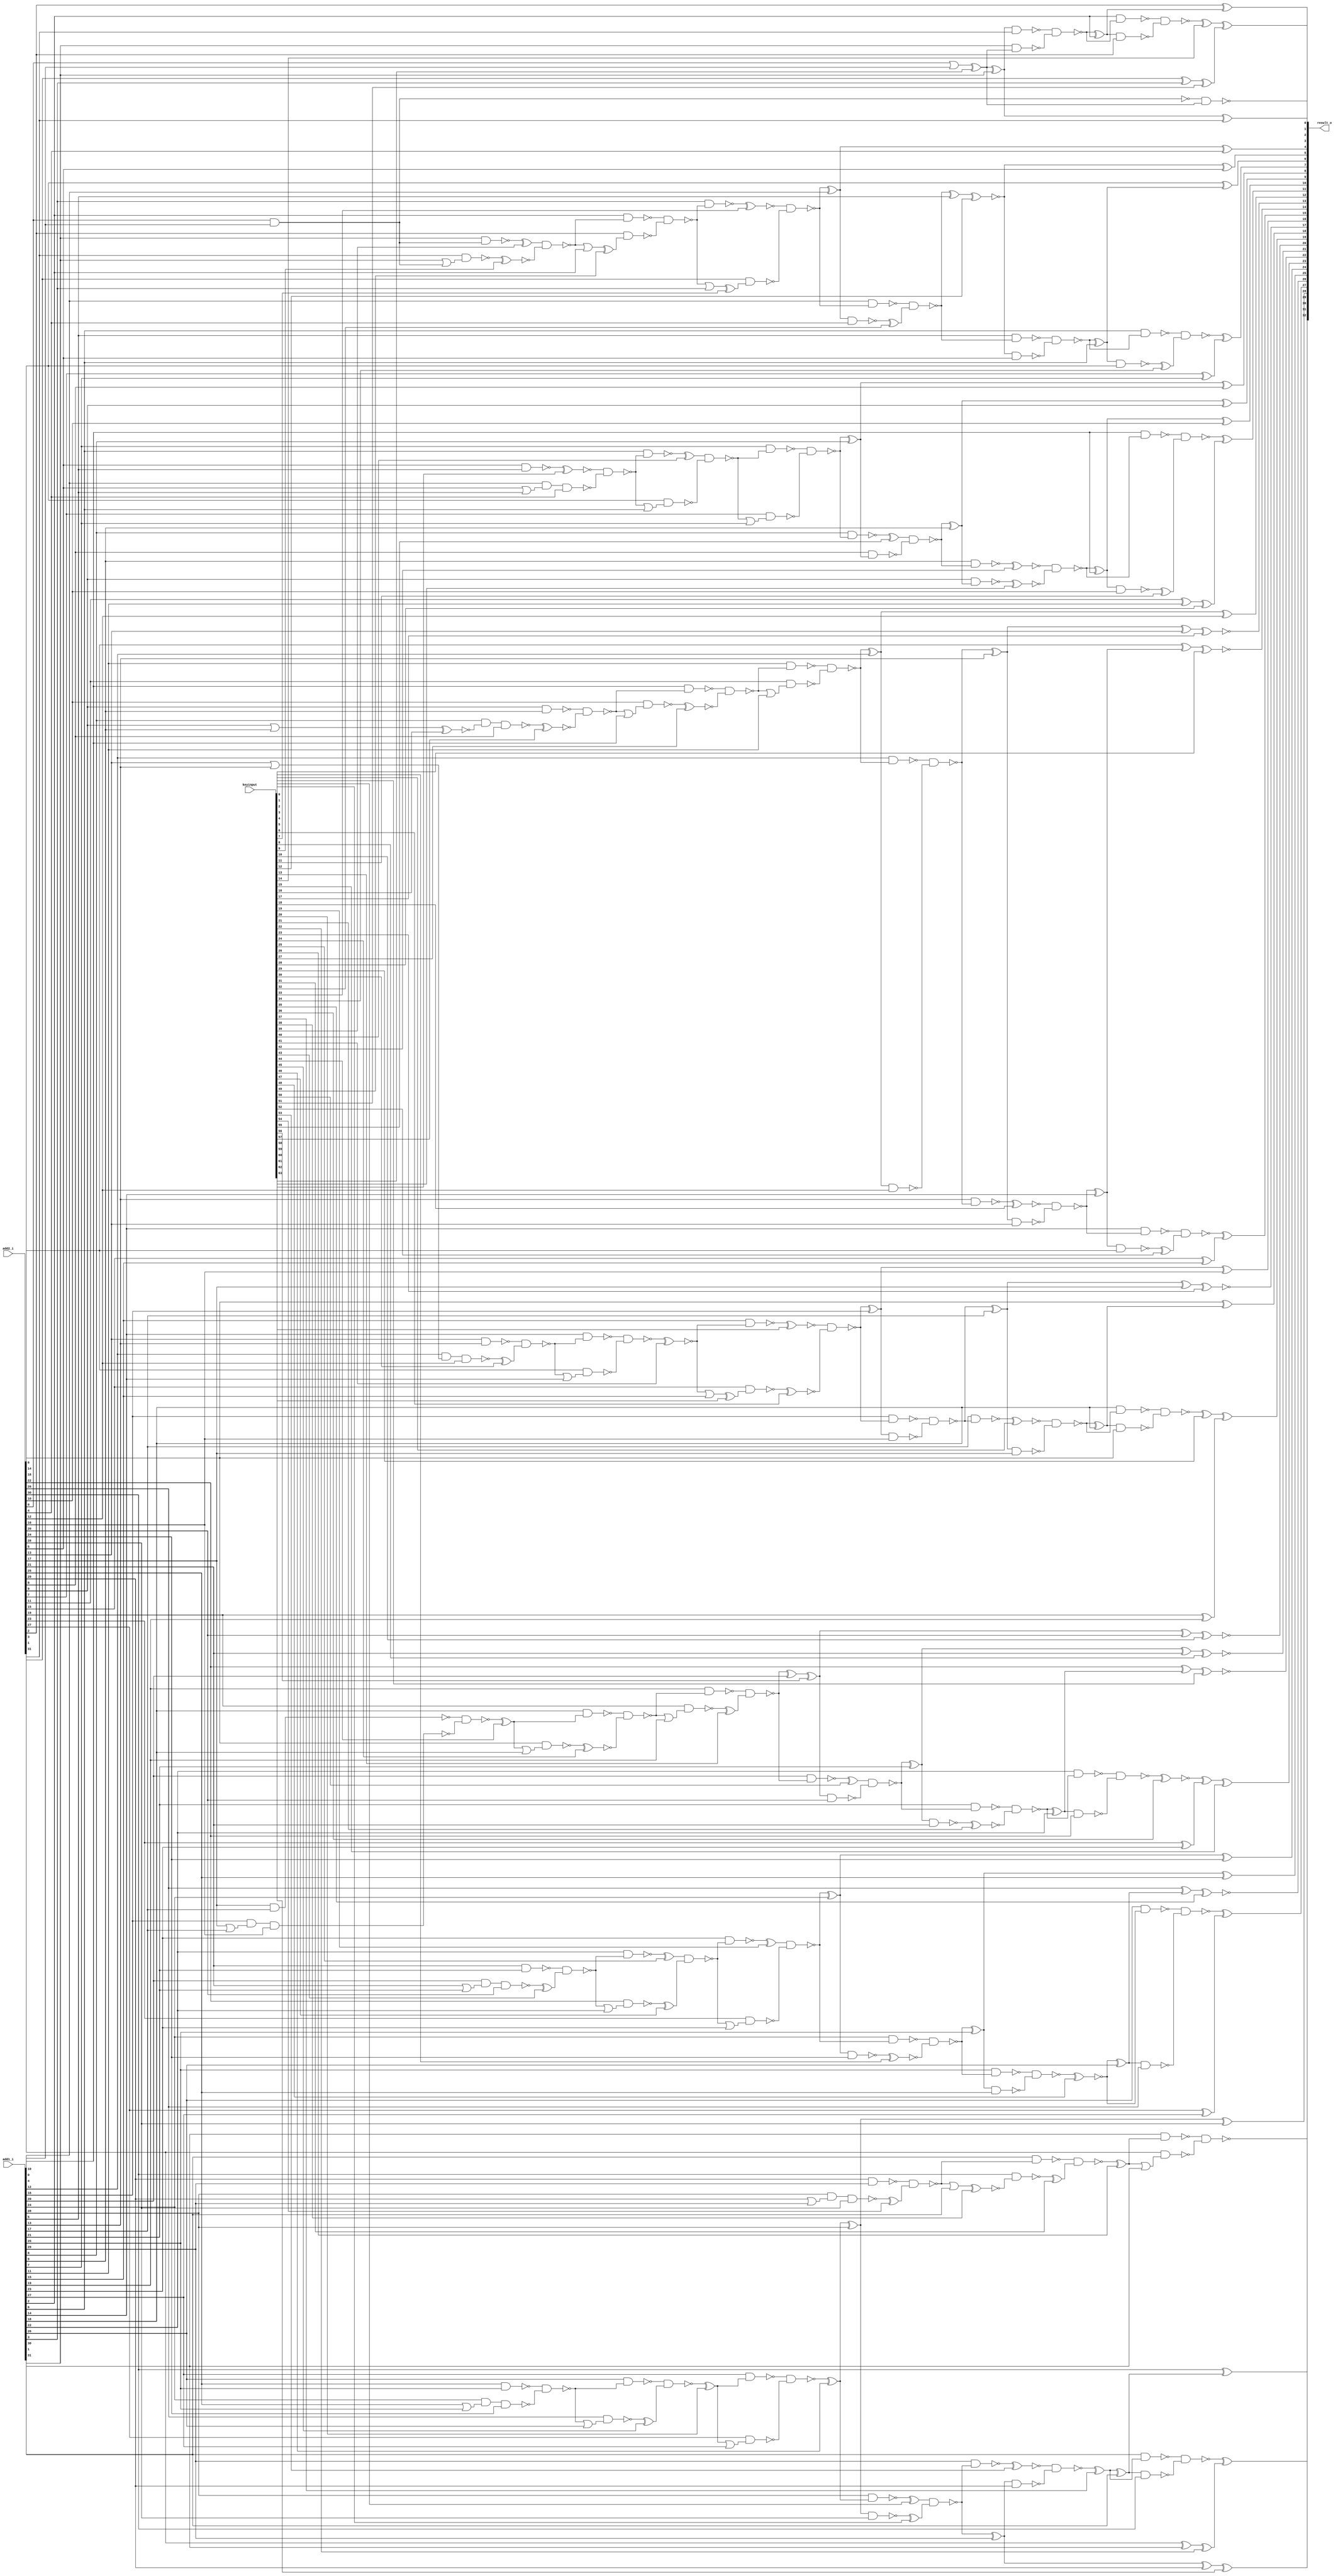
// Verilog File 
module error_tolerant_type2_adder32_xor_enc64(add1_i,add2_i,keyinput,result_o);

input [31:0] add1_i, add2_i;
input [63:0] keyinput;


output [32:0] result_o;

wire n143, n144, n145, n146, n149, n150, xenc12, n154, n153, 
n157, n158, xenc14, xenc51, n172, n188, xenc22, n189, n192, xenc37, 
n175, n176, n196, xenc61, n197, n204, xenc46, n217, n218, n221, 
xenc35, xenc48, n225, n226, n229, n230, xenc36, n243, xenc15, n246, 
xenc2, n247, n250, xenc8, n251, xenc56, xenc10, n255, n254, n201, 
xenc63, xenc29, n268, n271, n272, n275, xenc23, n276, n279, n280, 
n292, n293, n296, xenc0, n297, n300, xenc17, n301, n304, n305, 
n317, xenc28, n318, n321, n322, n325, n328, n170, n142, n319, 
xenc11, n148, n295, n270, n245, n220, n191, n320, n155, xenc32, 
n156, n302, n303, n277, n278, xenc50, n253, n252, n227, xenc5, 
n228, xenc4, xenc1, n202, n203, n151, n152, xenc18, n299, n298, 
xenc3, n274, n273, n248, xenc21, n249, n223, n224, n222, xenc53, 
n195, n193, n194, xenc55, n327, n326, xenc42, xenc62, n323, n324, 
n329, n330, n332, n331, n306, n307, n309, n308, xenc59, xenc6, 
xenc41, n281, xenc58, n282, n283, n256, xenc13, n259, n258, n257, 
xenc19, n232, n234, n231, n233, n206, n207, n205, xenc20, n208, 
xenc60, n338, n336, n337, n339, n314, xenc57, n313, xenc16, n315, 
n316, n289, xenc30, n288, n291, n290, n264, n265, n263, n266, 
n239, xenc43, n238, n241, n240, n214, n215, n213, n216, n163, 
n164, n162, n166, xenc49, n165, xenc40, n334, n333, n335, n310, 
xenc27, n312, n311, n285, n286, n284, n287, n260, xenc24, xenc44, 
n262, n261, xenc25, xenc47, n235, n237, n236, n210, xenc45, n209, 
n212, n211, xenc33, n160, n159, xenc7, n161, n147, xenc34, n294, 
xenc52, n269, n267, n244, n242, n219, n190, xenc39, xenc9, n167, 
n169, n168, n200, n173, n174, n171, n198, n199, n185, xenc54, 
n184, n187, n186, n181, xenc31, n180, xenc38, n182, n183, n177, 
n178, xenc26, n179;

xor g0(result_o[9], n143, add2_i[9]);
xor g1(result_o[8], n144, add2_i[8]);
xor g2(result_o[7], n145, n146);
xor g3(n146, add2_i[7], add1_i[7]);
xor g4(result_o[6], add2_i[6], n149);
xor g5(n149, n150, add1_i[6]);
xor g6(result_o[5], xenc12, add2_i[5]);
xor g7(n153, n154, add1_i[5]);
xor g8(result_o[4], n157, add2_i[4]);
xor g9(n157, n158, add1_i[4]);
xor g10(result_o[3], xenc14, xenc51);
xor g11(n172, add2_i[3], add1_i[3]);
xor g12(result_o[31], n188, xenc22);
xor g13(n189, add2_i[31], add1_i[31]);
xor g14(result_o[30], add2_i[30], n192);
xor g15(n192, xenc37, add1_i[30]);
xor g16(result_o[2], add2_i[2], n175);
xor g17(n175, n176, add1_i[2]);
xor g18(xenc61, n196, add2_i[29]);
xor g19(n196, n197, add1_i[29]);
xor g20(result_o[28], n204, add2_i[28]);
xor g21(n204, xenc46, add1_i[28]);
xor g22(result_o[27], n217, n218);
xor g23(n218, add2_i[27], add1_i[27]);
xor g24(xenc35, add2_i[26], n221);
xor g25(n221, xenc48, add1_i[26]);
xor g26(result_o[25], n225, add2_i[25]);
xor g27(n225, n226, add1_i[25]);
xor g28(result_o[24], n229, add2_i[24]);
xor g29(n229, n230, add1_i[24]);
xor g30(xenc15, xenc36, n243);
xor g31(n243, add2_i[23], add1_i[23]);
xor g32(xenc2, add2_i[22], n246);
xor g33(n246, n247, add1_i[22]);
xor g34(xenc8, n250, add2_i[21]);
xor g35(n250, n251, add1_i[21]);
xor g36(xenc10, xenc56, add2_i[20]);
xor g37(n254, n255, add1_i[20]);
xor g38(result_o[1], n201, add2_i[1]);
xor g39(n201, xenc63, add1_i[1]);
xor g40(result_o[19], xenc29, n268);
xor g41(n268, add2_i[19], add1_i[19]);
xor g42(result_o[18], add2_i[18], n271);
xor g43(n271, n272, add1_i[18]);
xor g44(xenc23, n275, add2_i[17]);
xor g45(n275, n276, add1_i[17]);
xor g46(result_o[16], n279, add2_i[16]);
xor g47(n279, n280, add1_i[16]);
xor g48(result_o[15], n292, n293);
xor g49(n293, add2_i[15], add1_i[15]);
xor g50(xenc0, add2_i[14], n296);
xor g51(n296, n297, add1_i[14]);
xor g52(xenc17, n300, add2_i[13]);
xor g53(n300, n301, add1_i[13]);
xor g54(result_o[12], n304, add2_i[12]);
xor g55(n304, n305, add1_i[12]);
xor g56(result_o[11], n317, xenc28);
xor g57(n318, add2_i[11], add1_i[11]);
xor g58(result_o[10], n321, add2_i[10]);
xor g59(n321, n322, add1_i[10]);
xor g60(n143, n325, add1_i[9]);
xor g61(n144, n328, add1_i[8]);
not g62(n142, n170);
nand g63(result_o[0], n170, xenc63);
nand g64(n317, n319, xenc11);
nand g65(n319, add1_i[10], n322);
nand g66(n148, n149, add2_i[6]);
nand g67(n295, n296, add2_i[14]);
nand g68(n270, n271, add2_i[18]);
nand g69(n245, n246, add2_i[22]);
nand g70(n220, n221, add2_i[26]);
nand g71(n191, n192, add2_i[30]);
nand g72(n320, n321, add2_i[10]);
nand g73(n170, add2_i[0], add1_i[0]);
nand g74(n154, n155, xenc32);
nand g75(n155, add1_i[4], n158);
nand g76(n156, n157, add2_i[4]);
nand g77(n301, n302, n303);
nand g78(n302, add1_i[12], n305);
nand g79(n303, n304, add2_i[12]);
nand g80(n276, n277, n278);
nand g81(n277, add1_i[16], n280);
nand g82(n278, n279, add2_i[16]);
nand g83(n251, xenc50, n253);
nand g84(n252, add1_i[20], n255);
nand g85(n253, xenc56, add2_i[20]);
nand g86(n226, n227, xenc5);
nand g87(n227, add1_i[24], n230);
nand g88(n228, n229, add2_i[24]);
nand g89(n197, xenc4, xenc1);
nand g90(n202, add1_i[28], xenc46);
nand g91(n203, n204, add2_i[28]);
nand g92(n150, n151, n152);
nand g93(n151, add1_i[5], n154);
nand g94(n152, xenc12, add2_i[5]);
nand g95(n297, xenc18, n299);
nand g96(n298, add1_i[13], n301);
nand g97(n299, n300, add2_i[13]);
nand g98(n272, xenc3, n274);
nand g99(n273, add1_i[17], n276);
nand g100(n274, n275, add2_i[17]);
nand g101(n247, n248, xenc21);
nand g102(n248, add1_i[21], n251);
nand g103(n249, n250, add2_i[21]);
nand g104(n222, n223, n224);
nand g105(n223, add1_i[25], n226);
nand g106(n224, n225, add2_i[25]);
nand g107(n193, xenc53, n195);
nand g108(n194, add1_i[29], n197);
nand g109(n195, n196, add2_i[29]);
nand g110(n325, xenc55, n327);
nand g111(n326, add1_i[8], n328);
nand g112(n327, add2_i[8], n144);
nand g113(n322, xenc42, xenc62);
nand g114(n323, add1_i[9], n325);
nand g115(n324, add2_i[9], n143);
nand g116(n328, n329, n330);
nand g117(n329, add1_i[7], n332);
nand g118(n330, add2_i[7], n331);
or g119(n331, n332, add1_i[7]);
nand g120(n305, n306, n307);
nand g121(n306, add1_i[11], n309);
nand g122(n307, add2_i[11], n308);
or g123(n308, n309, add1_i[11]);
nand g124(n280, xenc59, xenc6);
nand g125(n281, add1_i[15], xenc41);
nand g126(n282, add2_i[15], xenc58);
or g127(n283, xenc41, add1_i[15]);
nand g128(n255, n256, xenc13);
nand g129(n256, add1_i[19], n259);
nand g130(n257, add2_i[19], n258);
or g131(n258, n259, add1_i[19]);
nand g132(n230, xenc19, n232);
nand g133(n231, add1_i[23], n234);
nand g134(n232, add2_i[23], n233);
or g135(n233, n234, add1_i[23]);
nand g136(n205, n206, n207);
nand g137(n206, add1_i[27], xenc20);
nand g138(n207, add2_i[27], n208);
or g139(n208, xenc20, add1_i[27]);
nand g140(n336, xenc60, n338);
nand g141(n337, add2_i[5], add1_i[5]);
nand g142(n338, add1_i[4], n339, add2_i[4]);
or g143(n339, add2_i[5], add1_i[5]);
nand g144(n313, n314, xenc57);
nand g145(n314, add2_i[9], add1_i[9]);
nand g146(n315, add1_i[8], xenc16, add2_i[8]);
or g147(n316, add2_i[9], add1_i[9]);
nand g148(n288, n289, xenc30);
nand g149(n289, add2_i[13], add1_i[13]);
nand g150(n290, add1_i[12], n291, add2_i[12]);
or g151(n291, add2_i[13], add1_i[13]);
nand g152(n263, n264, n265);
nand g153(n264, add2_i[17], add1_i[17]);
nand g154(n265, add1_i[16], n266, add2_i[16]);
or g155(n266, add2_i[17], add1_i[17]);
nand g156(n238, n239, xenc43);
nand g157(n239, add2_i[21], add1_i[21]);
nand g158(n240, add1_i[20], n241, add2_i[20]);
or g159(n241, add2_i[21], add1_i[21]);
nand g160(n213, n214, n215);
nand g161(n214, add2_i[25], add1_i[25]);
nand g162(n215, add1_i[24], n216, add2_i[24]);
or g163(n216, add2_i[25], add1_i[25]);
nand g164(n162, n163, n164);
nand g165(n163, add1_i[2], n166);
nand g166(n164, add2_i[2], xenc49);
or g167(n165, n166, add1_i[2]);
nand g168(n332, xenc40, n334);
nand g169(n333, add1_i[6], n336);
nand g170(n334, add2_i[6], n335);
or g171(n335, n336, add1_i[6]);
nand g172(n309, n310, xenc27);
nand g173(n310, add1_i[10], n313);
nand g174(n311, add2_i[10], n312);
or g175(n312, n313, add1_i[10]);
nand g176(n284, n285, n286);
nand g177(n285, add1_i[14], n288);
nand g178(n286, add2_i[14], n287);
or g179(n287, n288, add1_i[14]);
nand g180(n259, n260, xenc24);
nand g181(n260, add1_i[18], xenc44);
nand g182(n261, add2_i[18], n262);
or g183(n262, xenc44, add1_i[18]);
nand g184(n234, xenc25, xenc47);
nand g185(n235, add1_i[22], n238);
nand g186(n236, add2_i[22], n237);
or g187(n237, n238, add1_i[22]);
nand g188(n209, n210, xenc45);
nand g189(n210, add1_i[26], n213);
nand g190(n211, add2_i[26], n212);
or g191(n212, n213, add1_i[26]);
nand g192(n158, xenc33, n160);
nand g193(n159, add1_i[3], n162);
nand g194(n160, add2_i[3], xenc7);
or g195(n161, n162, add1_i[3]);
nand g196(n145, n147, xenc34);
nand g197(n147, add1_i[6], n150);
nand g198(n292, n294, xenc52);
nand g199(n294, add1_i[14], n297);
nand g200(n267, n269, n270);
nand g201(n269, add1_i[18], n272);
nand g202(n242, n244, n245);
nand g203(n244, add1_i[22], n247);
nand g204(n217, n219, n220);
nand g205(n219, add1_i[26], xenc48);
nand g206(n188, n190, n191);
nand g207(n190, add1_i[30], xenc37);
nand g208(n166, xenc39, xenc9);
nand g209(n167, add1_i[1], n142);
nand g210(n168, add2_i[1], n169);
or g211(n169, add1_i[1], n142);
or g212(n200, add2_i[0], add1_i[0]);
nand g213(n171, n173, n174);
nand g214(n173, add1_i[2], n176);
nand g215(n174, n175, add2_i[2]);
nand g216(n176, n198, n199);
nand g217(n199, add1_i[1], xenc63);
nand g218(n198, n201, add2_i[1]);
nand g219(n184, n185, xenc54);
nand g220(n185, add2_i[29], add1_i[29]);
nand g221(n186, add1_i[28], n187, add2_i[28]);
or g222(n187, add2_i[29], add1_i[29]);
nand g223(n180, n181, xenc31);
nand g224(n181, add1_i[30], n184);
nand g225(n182, add2_i[30], xenc38);
or g226(n183, n184, add1_i[30]);
nand g227(result_o[32], n177, n178);
nand g228(n177, add1_i[31], xenc26);
nand g229(n178, add2_i[31], n179);
or g230(n179, xenc26, add1_i[31]);
xnor g231(result_o[14], xenc0, keyinput[0]);
xor g232(xenc1, n203, keyinput[1]);
xnor g233(result_o[22], xenc2, keyinput[2]);
xnor g234(xenc3, n273, keyinput[3]);
xor g235(xenc4, n202, keyinput[4]);
xnor g236(xenc5, n228, keyinput[5]);
xnor g237(xenc6, n282, keyinput[6]);
xor g238(xenc7, n161, keyinput[7]);
xnor g239(result_o[21], xenc8, keyinput[8]);
xnor g240(xenc9, n168, keyinput[9]);
xnor g241(result_o[20], xenc10, keyinput[10]);
xor g242(xenc11, n320, keyinput[11]);
xnor g243(xenc12, n153, keyinput[12]);
xor g244(xenc13, n257, keyinput[13]);
xor g245(xenc14, n171, keyinput[14]);
xor g246(result_o[23], xenc15, keyinput[15]);
xnor g247(xenc16, n316, keyinput[16]);
xnor g248(result_o[13], xenc17, keyinput[17]);
xnor g249(xenc18, n298, keyinput[18]);
xor g250(xenc19, n231, keyinput[19]);
xor g251(xenc20, n209, keyinput[20]);
xnor g252(xenc21, n249, keyinput[21]);
xor g253(xenc22, n189, keyinput[22]);
xnor g254(result_o[17], xenc23, keyinput[23]);
xnor g255(xenc24, n261, keyinput[24]);
xor g256(xenc25, n235, keyinput[25]);
xor g257(xenc26, n180, keyinput[26]);
xnor g258(xenc27, n311, keyinput[27]);
xor g259(xenc28, n318, keyinput[28]);
xor g260(xenc29, n267, keyinput[29]);
xor g261(xenc30, n290, keyinput[30]);
xor g262(xenc31, n182, keyinput[31]);
xor g263(xenc32, n156, keyinput[32]);
xnor g264(xenc33, n159, keyinput[33]);
xor g265(xenc34, n148, keyinput[34]);
xnor g266(result_o[26], xenc35, keyinput[35]);
xnor g267(xenc36, n242, keyinput[36]);
xor g268(xenc37, n193, keyinput[37]);
xnor g269(xenc38, n183, keyinput[38]);
xor g270(xenc39, n167, keyinput[39]);
xor g271(xenc40, n333, keyinput[40]);
xnor g272(xenc41, n284, keyinput[41]);
xnor g273(xenc42, n323, keyinput[42]);
xor g274(xenc43, n240, keyinput[43]);
xor g275(xenc44, n263, keyinput[44]);
xor g276(xenc45, n211, keyinput[45]);
xor g277(xenc46, n205, keyinput[46]);
xor g278(xenc47, n236, keyinput[47]);
xnor g279(xenc48, n222, keyinput[48]);
xor g280(xenc49, n165, keyinput[49]);
xor g281(xenc50, n252, keyinput[50]);
xor g282(xenc51, n172, keyinput[51]);
xor g283(xenc52, n295, keyinput[52]);
xnor g284(xenc53, n194, keyinput[53]);
xor g285(xenc54, n186, keyinput[54]);
xor g286(xenc55, n326, keyinput[55]);
xor g287(xenc56, n254, keyinput[56]);
xnor g288(xenc57, n315, keyinput[57]);
xor g289(xenc58, n283, keyinput[58]);
xnor g290(xenc59, n281, keyinput[59]);
xnor g291(xenc60, n337, keyinput[60]);
xor g292(result_o[29], xenc61, keyinput[61]);
xnor g293(xenc62, n324, keyinput[62]);
xor g294(xenc63, n200, keyinput[63]);
endmodule